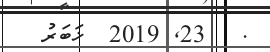
.   23